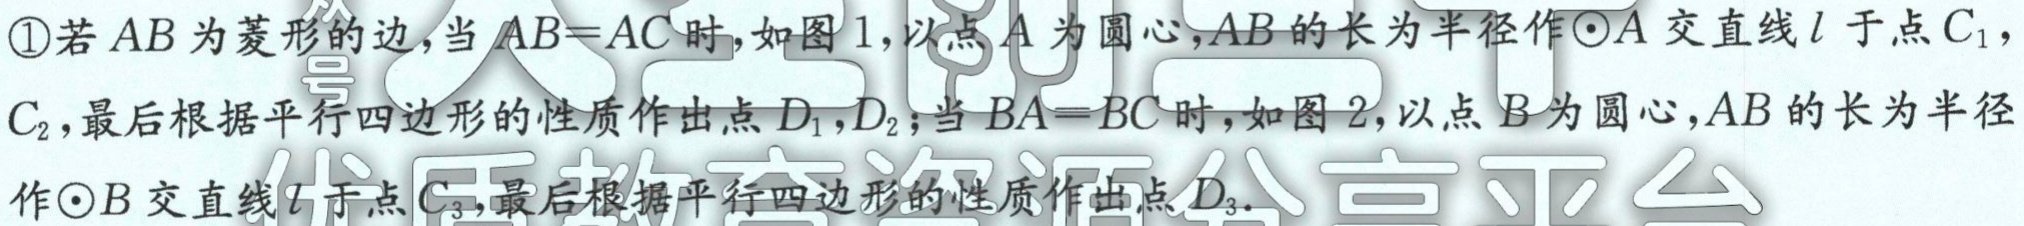
\textcircled{1}若\(AB\)为菱形的边，当\(AB = AC\)时，如图1，以点\(A\)为圆心，\(AB\)的长为半径作\(\odot A\)交直线\(l\)于点\(C_{1}\)，\(C_{2}\)，最后根据平行四边形的性质作出点\(D_{1}\)，\(D_{2}\)；当\(BA = BC\)时，如图2，以点\(B\)为圆心，\(AB\)的长为半径作\(\odot B\)交直线\(l\)于点\(C_{3}\)，最后根据平行四边形的性质作出点\(D_{3}\)．